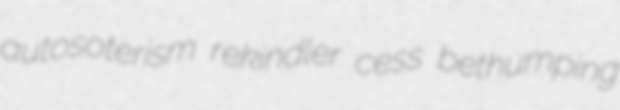
autosoterism rekindler cess bethumping